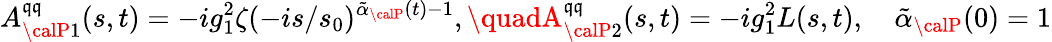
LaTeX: A_{{\calP}1}^{\mathfrak{q}\mathfrak{q}}(s,t)=-ig_{1}^{2}\zeta(-is/s_{0})^{\tilde{{\alpha}}_{\calP}(t)-1},\quadA_{{\calP}2}^{\mathfrak{q}\mathfrak{q}}(s,t)=-ig_{1}^{2}L(s,t),\quad\tilde{{\alpha}}_{\calP}(0)=1